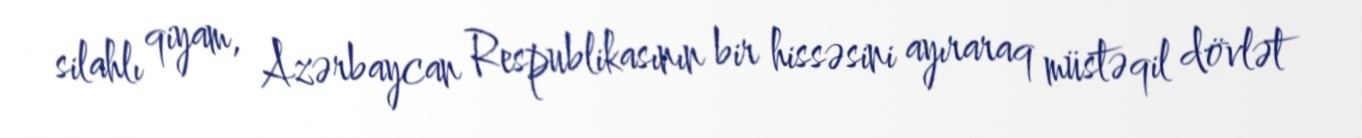
silahlı qiyam, Azərbaycan Respublikasının bir hissəsini ayıraraq müstəqil dövlət